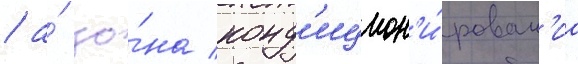
/ а́ зо́на конд'ицион'и́рован'иа